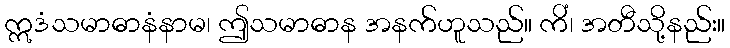
ဣဒံသမာဓာနံနာမ၊ ဤသမာဓာန အနက်ဟူသည်။ ကိံ၊ အတီသို့နည်း။